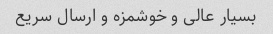
بسیار عالی و خوشمزه و ارسال سریع